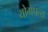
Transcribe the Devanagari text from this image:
योगपत्य